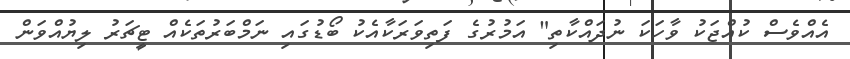
އެއްވެސް ކުއްޖަކު ވާހަކަ ނުދައްކާތި" އަމުރުގެ ފަތިވަރަކާއެކު ބޯޑުގައި ނަމްބަރުތަކެއް ޓީޗަރު ލިޔުއްވަން